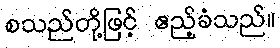
စသည်တို့ဖြင့် ဧည့်ခံသည်။